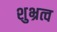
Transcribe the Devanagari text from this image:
शुभ्रत्व